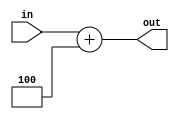
//adder to increment the PC to the address of the next instruction

`timescale 1ns/1ns

module add(

	input [31:0] in,
	output [31:0] out
	
);

assign out = in + 32'd4;

endmodule